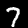
Label: 7